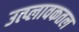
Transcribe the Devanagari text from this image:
उत्प्लावकतल